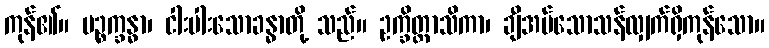
ကုန်၏။ ပဉ္စက္ခန္ဓာ၊ ငါးပါးသောခန္ဓာတို့ သည်။ ဥက္ခိတ္တာသိကာ၊ ချီအပ်သောသန်လျှက်ရှိကုန်သော။